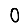
Digit: 0